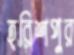
হরিশপুর